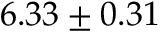
6 . 3 3 \pm 0 . 3 1